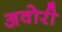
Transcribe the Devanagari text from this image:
अवोरी